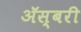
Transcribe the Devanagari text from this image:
अॅस्बरी